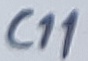
Text: C11